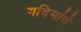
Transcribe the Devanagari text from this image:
गदिमांचे